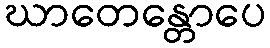
ဃာတေန္တောပေ